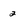
Character: 2